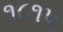
૧૮૧૫